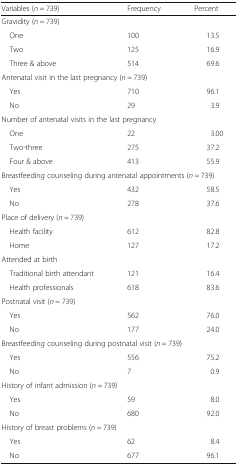
| Variables (n = 739) | Frequency | Percent |
 | --- | --- | --- |
 | <COLSPAN=3> Gravidity (n = 739) |
 | One | 100 | 13.5 |
 | Two | 125 | 16.9 |
 | Three & above | 514 | 69.6 |
 | <COLSPAN=3> Antenatal visit in the last pregnancy (n = 739) |
 | Yes | 710 | 96.1 |
 | No | 29 | 3.9 |
 | <COLSPAN=3> Number of antenatal visits in the last pregnancy |
 | One | 22 | 3.00 |
 | Two-three | 275 | 37.2 |
 | Four & above | 413 | 55.9 |
 | <COLSPAN=3> Breastfeeding counseling during antenatal appointments (n = 739) |
 | Yes | 432 | 58.5 |
 | No | 278 | 37.6 |
 | <COLSPAN=3> Place of delivery (n = 739) |
 | Health facility | 612 | 82.8 |
 | Home | 127 | 17.2 |
 | <COLSPAN=3> Attended at birth |
 | Traditional birth attendant | 121 | 16.4 |
 | Health professionals | 618 | 83.6 |
 | <COLSPAN=3> Postnatal visit (n = 739) |
 | Yes | 562 | 76.0 |
 | No | 177 | 24.0 |
 | <COLSPAN=3> Breastfeeding counseling during postnatal visit (n = 739) |
 | Yes | 556 | 75.2 |
 | No | 7 | 0.9 |
 | <COLSPAN=3> History of infant admission (n = 739) |
 | Yes | 59 | 8.0 |
 | No | 680 | 92.0 |
 | <COLSPAN=3> History of breast problems (n = 739) |
 | Yes | 62 | 8.4 |
 | No | 677 | 96.1 |